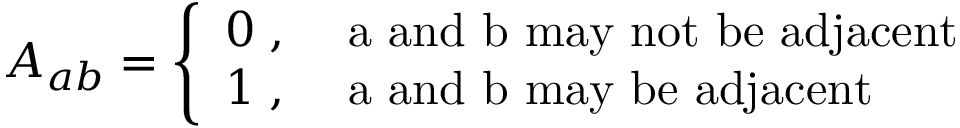
A _ { a b } = \left\{ \begin{array} { l l } { { 0 \; , } } & { { \mathrm { ~ a ~ a n d ~ b ~ m a y ~ n o t ~ b e ~ a d j a c e n t } } } \\ { { 1 \; , } } & { { \mathrm { ~ a ~ a n d ~ b ~ m a y ~ b e ~ a d j a c e n t } } } \end{array} \right.